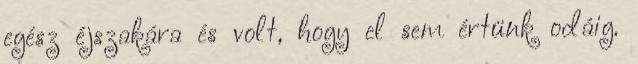
egész éjszakára és volt, hogy el sem értünk odáig.